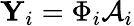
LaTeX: \mathbf{Y}_{i}=\Phi_{i}\mathcal{A}_{i}